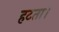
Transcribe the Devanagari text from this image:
हटता।